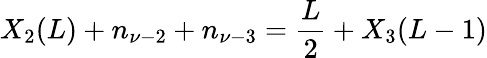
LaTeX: X_{2}(L)+n_{\nu-2}+n_{\nu-3}=\frac{L}{2}+X_{3}(L-1)